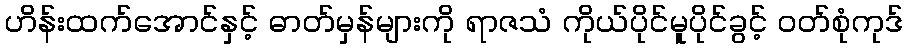
ဟိန်းထက်အောင်နှင့် ဓာတ်မှန်များကို ရာဇသံ ကိုယ်ပိုင်မူပိုင်ခွင့် ဝတ်စုံကုဒ်